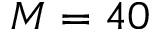
M = 4 0